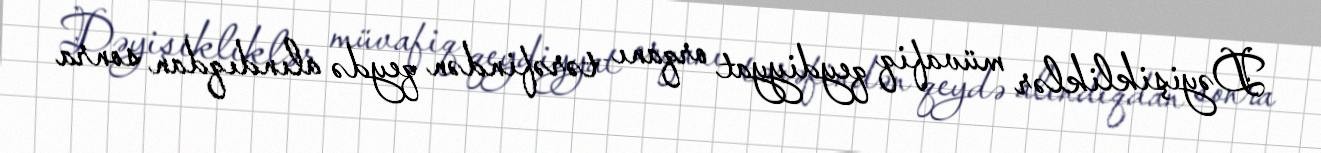
Dəyişikliklər müvafiq qeydiyyat orqanı tərəfindən qeydə alındıqdan sonra